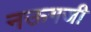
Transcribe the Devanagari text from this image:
नऊगजी